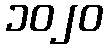
၁၀၂၀